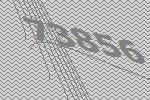
73856